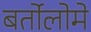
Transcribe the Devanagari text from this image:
बर्तोलोमे